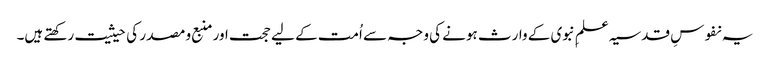
یہ نفوسِ قدسیہ علمِ نبوی کے وارث ہونے کی وجہ سے اُمت کے لیے حجت اور منبع و مصدر کی حیثیت رکھتے ہیں۔